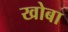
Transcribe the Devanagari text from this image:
खोबा